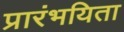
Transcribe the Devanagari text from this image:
प्रारंभयिता